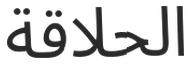
الحلاقة